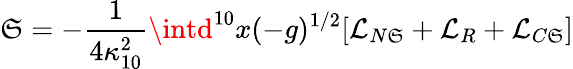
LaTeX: \mathfrak{S}=-\frac{{1}}{{4\kappa_{10}^{2}}}\intd^{10}x(-g)^{1/2}[\mathcal{{L}}_{N\mathfrak{S}}+\mathcal{{L}}_{R}+\mathcal{{L}}_{C\mathfrak{S}}]